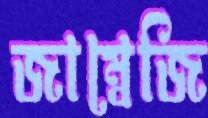
জাম্বেজি